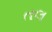
તલ